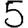
Digit: 5